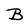
Character: B